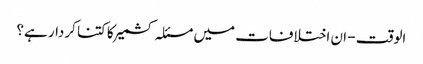
الوقت - ان اختلافات میں مسئلہ کشمیر کا کتنا کردار ہے؟